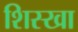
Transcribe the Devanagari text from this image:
शिस्खा